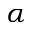
\alpha